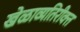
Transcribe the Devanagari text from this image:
खेळाव्यतिरीक्त